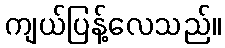
ကျယ်ပြန့်လေသည်။